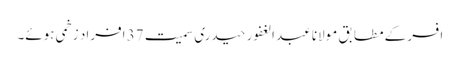
افسر کے مطابق مولانا عبد الغفور حیدری سمیت 37 افراد زخمی ہوئے۔